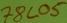
Text: 78L05